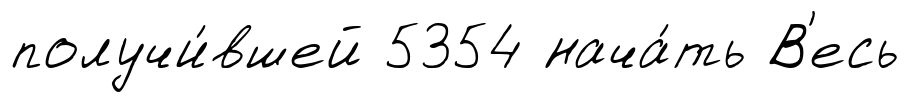
получи́вшей 5354 нача́ть В'есь